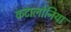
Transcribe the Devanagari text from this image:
कटालोनिया